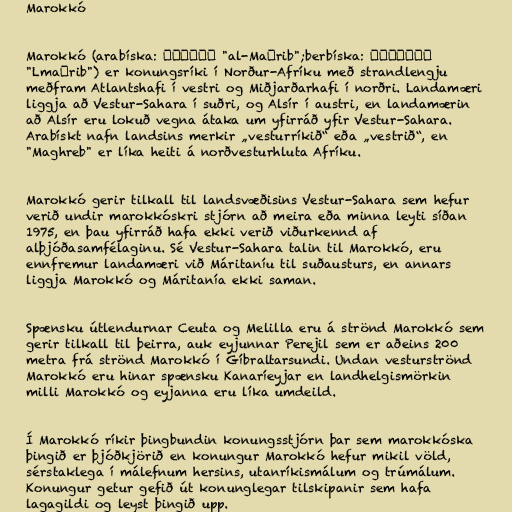
Marokkó

Marokkó (arabíska: المغرب‎ "al-Maġrib";berbíska: ⵍⵎⴰⵖⵔⵉⴱ
"Lmaġrib") er konungsríki í Norður-Afríku með strandlengju
meðfram Atlantshafi í vestri og Miðjarðarhafi í norðri. Landamæri
liggja að Vestur-Sahara í suðri, og Alsír í austri, en landamærin
að Alsír eru lokuð vegna átaka um yfirráð yfir Vestur-Sahara.
Arabískt nafn landsins merkir „vesturríkið“ eða „vestrið“, en
"Maghreb" er líka heiti á norðvesturhluta Afríku.

Marokkó gerir tilkall til landsvæðisins Vestur-Sahara sem hefur
verið undir marokkóskri stjórn að meira eða minna leyti síðan
1975, en þau yfirráð hafa ekki verið viðurkennd af
alþjóðasamfélaginu. Sé Vestur-Sahara talin til Marokkó, eru
ennfremur landamæri við Máritaníu til suðausturs, en annars
liggja Marokkó og Máritanía ekki saman.

Spænsku útlendurnar Ceuta og Melilla eru á strönd Marokkó sem
gerir tilkall til þeirra, auk eyjunnar Perejil sem er aðeins 200
metra frá strönd Marokkó í Gíbraltarsundi. Undan vesturströnd
Marokkó eru hinar spænsku Kanaríeyjar en landhelgismörkin
milli Marokkó og eyjanna eru líka umdeild.

Í Marokkó ríkir þingbundin konungsstjórn þar sem marokkóska
þingið er þjóðkjörið en konungur Marokkó hefur mikil völd,
sérstaklega í málefnum hersins, utanríkismálum og trúmálum.
Konungur getur gefið út konunglegar tilskipanir sem hafa
lagagildi og leyst þingið upp.